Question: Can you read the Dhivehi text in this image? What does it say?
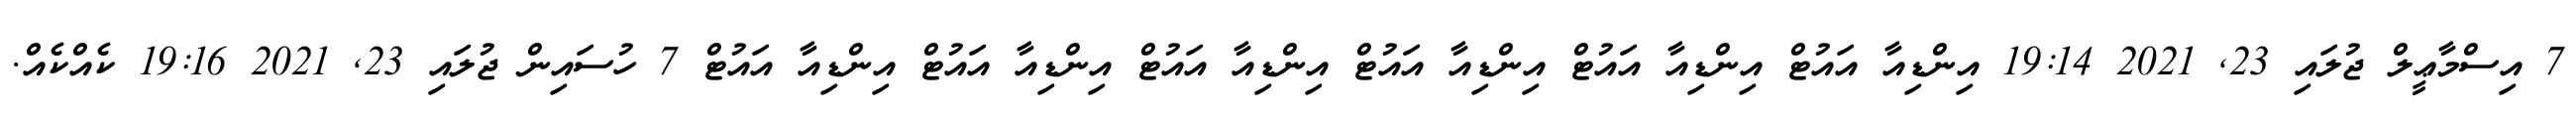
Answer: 7 އިސްމާޢީލް ޖުލައި 23, 2021 19:14 އިންޑިއާ އައުޓް އިންޑިއާ އައުޓް އިންޑިއާ އައުޓް އިންޑިއާ އައުޓް އިންޑިއާ އައުޓް އިންޑިއާ އައުޓް 7 ހުސައިން ޖުލައި 23, 2021 19:16 ކެއްކެއް.